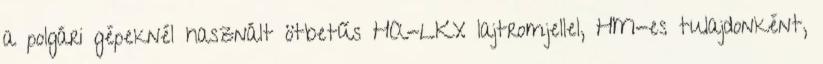
a polgári gépeknél használt ötbetűs HA-LKX lajtromjellel, HM-es tulajdonként,